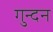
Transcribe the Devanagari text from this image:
गुन्दन